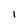
Character: l